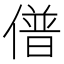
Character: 𰂰